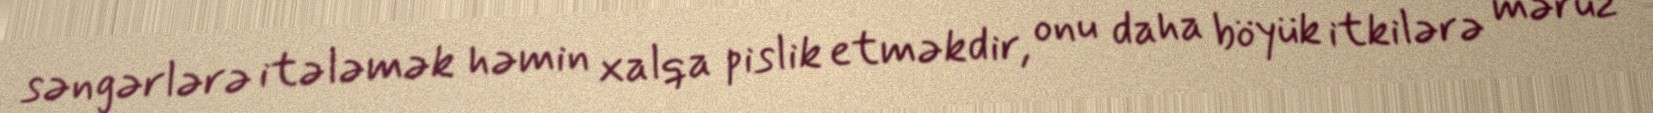
səngərlərə itələmək həmin xalqa pislik etməkdir, onu daha böyük itkilərə məruz